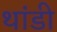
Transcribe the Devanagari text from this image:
थांडी